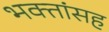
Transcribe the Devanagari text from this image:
भक्तांसह